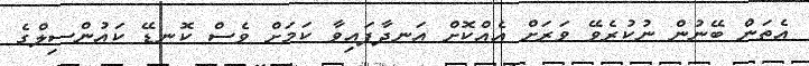
އެތަން ބޭނުން ނުކުރެވޭ ވަރަށް އެއްްކޮށް އަނދާފައިވާ ކަމަށް ވެސް ކޮނޑޭ ކައުންސިލްގެ